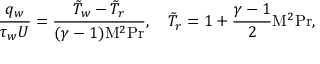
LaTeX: { \frac { q _ { w } } { \tau _ { w } U } } = { \frac { { \tilde { T } } _ { w } - { \tilde { T } } _ { r } } { ( \gamma - 1 ) \mathrm { M } ^ { 2 } \mathrm { P r } } } , \quad { \tilde { T } } _ { r } = 1 + { \frac { \gamma - 1 } { 2 } } \mathrm { M } ^ { 2 } \mathrm { P r } ,